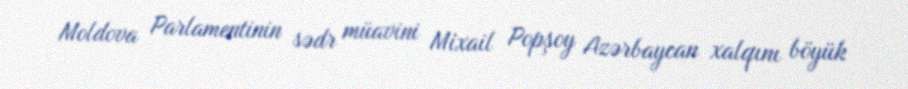
Moldova Parlamentinin sədr müavini Mixail Popşoy Azərbaycan xalqını böyük